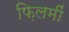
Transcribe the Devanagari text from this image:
फ़िलमीं